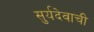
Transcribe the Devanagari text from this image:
सुर्यदेवाची